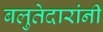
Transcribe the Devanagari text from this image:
बलुतेदारांनी